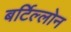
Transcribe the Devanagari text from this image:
बर्टिल्लोन